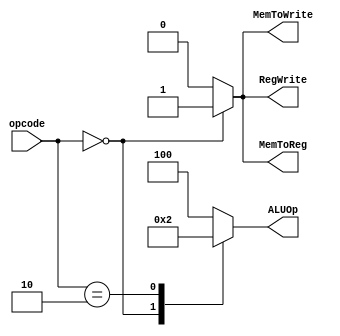

module uc(
    input [5:0] opcode,
    output reg MemToReg,
    output reg RegWrite,
    output reg MemToWrite,
    output reg [2:0] ALUOp
);

always @(*) begin
    case(opcode)
        6'b000000 :
            begin
                MemToReg= 1;
                RegWrite=1;
                MemToWrite=1;
                ALUOp=3'b000;
            end
        6'b000010 :
            begin
                MemToReg= 0;
                RegWrite=0;
                MemToWrite=0;
                ALUOp=3'b010;
            end
        6'b001000 :
            begin
                MemToReg= 0;
                RegWrite=0;
                MemToWrite=0;
                ALUOp=3'b100;
            end
        default:
            begin
                MemToReg= 0;
                RegWrite=0;
                MemToWrite=0;
                ALUOp=3'b100;
            end
    endcase
end

endmodule